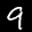
Label: 9